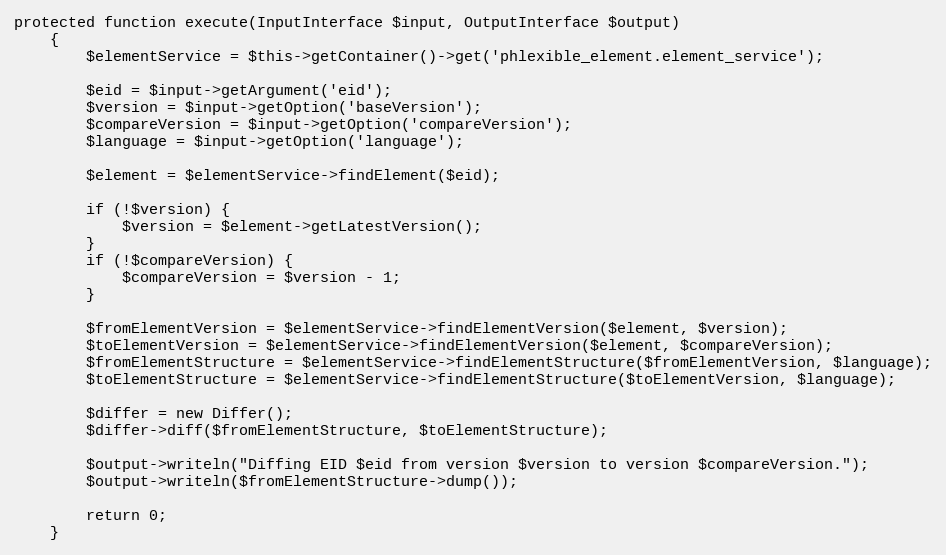
Language: PHP
protected function execute(InputInterface $input, OutputInterface $output)
    {
        $elementService = $this->getContainer()->get('phlexible_element.element_service');

        $eid = $input->getArgument('eid');
        $version = $input->getOption('baseVersion');
        $compareVersion = $input->getOption('compareVersion');
        $language = $input->getOption('language');

        $element = $elementService->findElement($eid);

        if (!$version) {
            $version = $element->getLatestVersion();
        }
        if (!$compareVersion) {
            $compareVersion = $version - 1;
        }

        $fromElementVersion = $elementService->findElementVersion($element, $version);
        $toElementVersion = $elementService->findElementVersion($element, $compareVersion);
        $fromElementStructure = $elementService->findElementStructure($fromElementVersion, $language);
        $toElementStructure = $elementService->findElementStructure($toElementVersion, $language);

        $differ = new Differ();
        $differ->diff($fromElementStructure, $toElementStructure);

        $output->writeln("Diffing EID $eid from version $version to version $compareVersion.");
        $output->writeln($fromElementStructure->dump());

        return 0;
    }